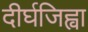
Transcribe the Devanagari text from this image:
दीर्घजिह्वा